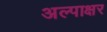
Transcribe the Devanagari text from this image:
अल्पाक्षर